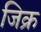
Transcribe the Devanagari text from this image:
जिक्र